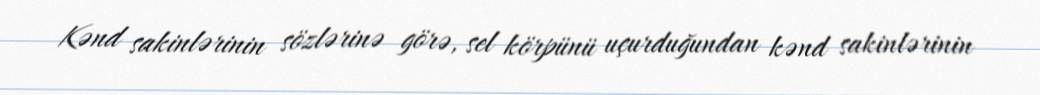
Kənd sakinlərinin sözlərinə görə, sel körpünü uçurduğundan kənd sakinlərinin